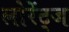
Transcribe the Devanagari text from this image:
लोरेंट्ज